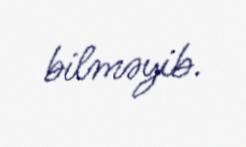
bilməyib.